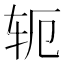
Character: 轭